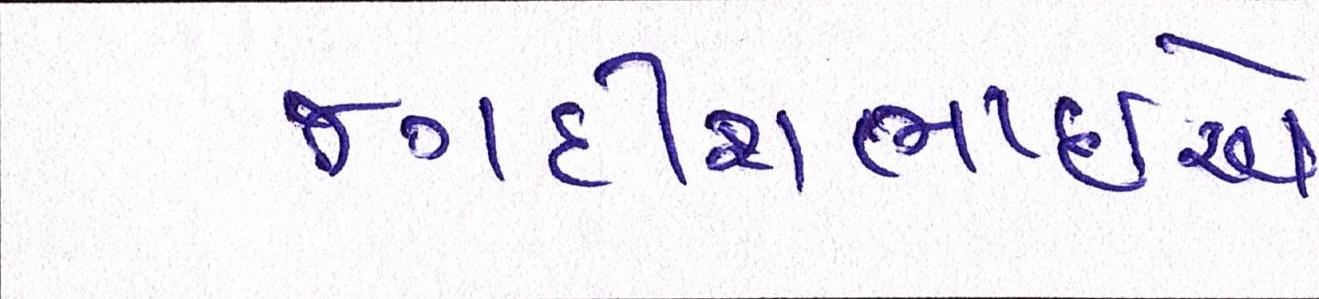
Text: જગદીશભાઇએ